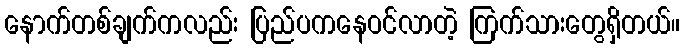
နောက်တစ်ချက်ကလည်း ပြည်ပကနေဝင်လာတဲ့ ကြက်သားတွေရှိတယ်။